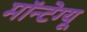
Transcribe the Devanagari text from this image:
मॉन्टेग्यू